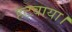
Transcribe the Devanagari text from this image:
हटवाया।